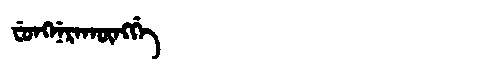
Manchu: ᠸᡠᠩᠨᡝᡵᠠᡴᡡᠩᡤᡝ
Romanization: FUNGNERAKŪNGGE